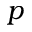
p